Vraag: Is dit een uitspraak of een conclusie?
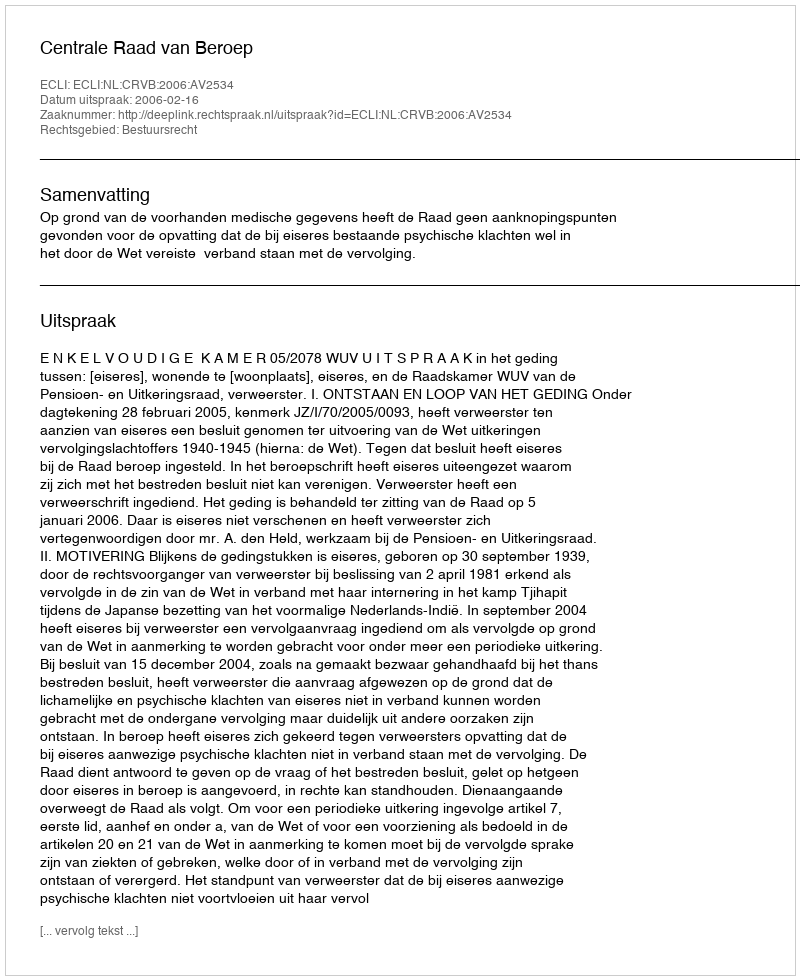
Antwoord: Uitspraak